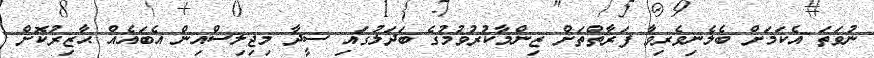
ނުވަތަ އެކަމަށް ބެލެނިވެރިވާ ފަރާތްތަށް ޒިންމާކުރުވުމުގެ ބަދަލުގައި ސީދާ މިޖިލިސްއިން އެބައެއް ޙާޒިރުކޮށް